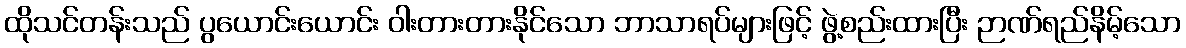
ထိုသင်တန်းသည် ပွယောင်းယောင်း ဝါးတားတားနိုင်သော ဘာသာရပ်များဖြင့် ဖွဲ့စည်းထားပြီး ဉာဏ်ရည်နိမ့်သော